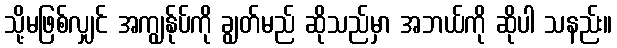
သို့မဖြစ်လျှင် အကျွန်ုပ်ကို ချွတ်မည် ဆိုသည်မှာ အဘယ်ကို ဆိုပါ သနည်း။